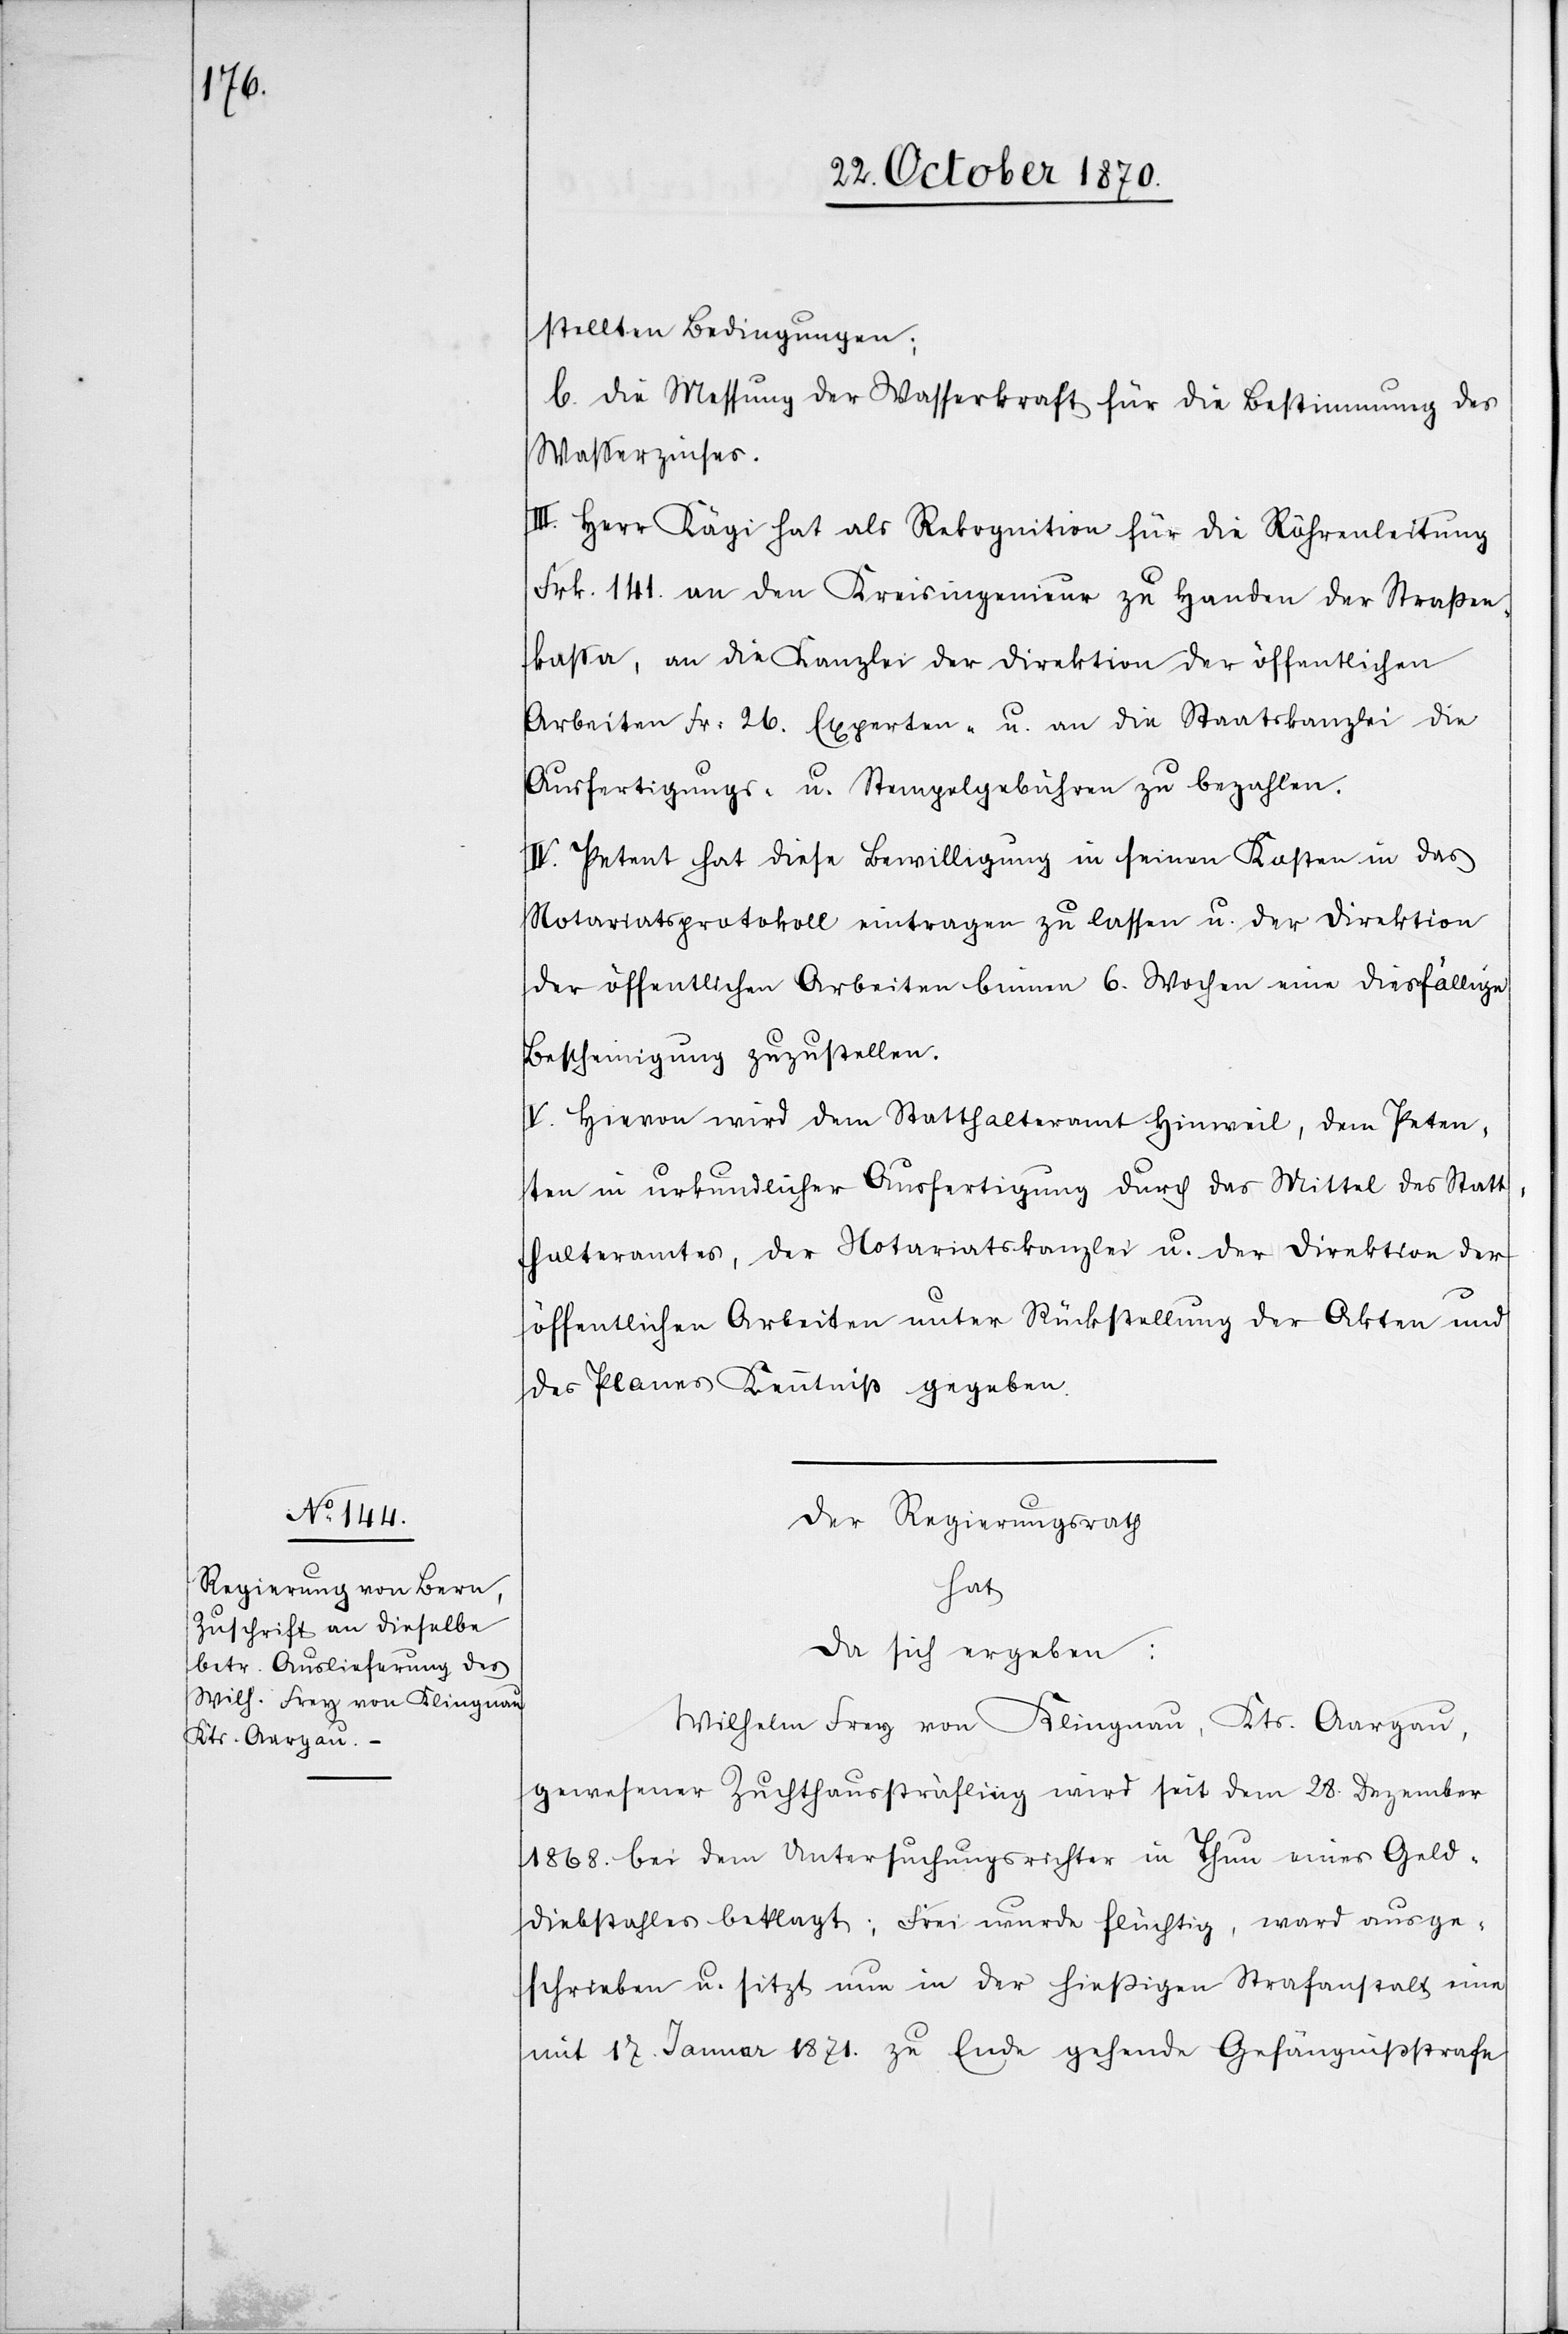
stellten Bedingungen;
b. die Messung der Wasserkraft für die Bestimmung des
Waßerzinses.
III. Herr Kägi hat als Rekognition für die Röhrenleitung
Frk. 141. an den Kreisingenieur zu Handen der Straßen¬
kaßa, an die Kanzlei der Direktion der öffentlichen
Arbeiten Fr. 26. Experten- u. an die Staatskanzlei die
Ausfertigungs- u. Stempelgebühren zu bezahlen.
IV. Petent hat diese Bewilligung in seinen Kosten in das
Notariatsprotokoll eintragen zu lassen u. der Direktion
der öffentlichen Arbeiten binnen 6. Wochen eine dießfällige
Bescheinigung zuzustellen.
V. Hievon wird dem Statthalteramt Hinweil, dem Peten¬
ten, in urkundlicher Ausfertigung durch das Mittel des Statt¬
halteramtes, der Notariatskanzlei u. der Direktion der
öffentlichen Arbeiten unter Rückstellung der Akten und
des Planes Kenntniß gegeben.
Der Regierungsrath
hat
da sich ergeben:
Wilhelm Frey von Klingnau, Kts. Aargau,
gewesener Zuchthaussträfling wird seit dem 28. Dezember
1868. bei dem Untersuchungsrichter in Thun eines Geld¬
diebstahles beklagt: Frei [sic!] wurde flüchtig, ward ausge¬
schrieben u. sitzt nun in der hießigen Strafanstalt eine
mit 17. Januar 1871. zu Ende gehende Gefängnißstrafe